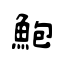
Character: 鮑